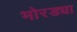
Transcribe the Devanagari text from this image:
भोरड्या